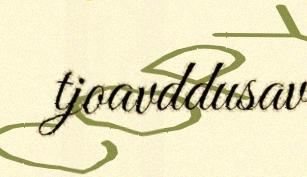
tjoavddusav